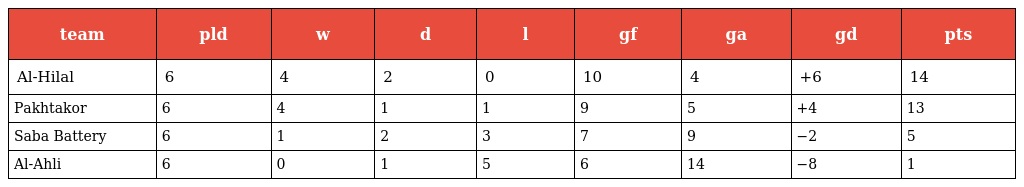
| team | pld | w | d | l | gf | ga | gd | pts |
 | --- | --- | --- | --- | --- | --- | --- | --- | --- |
 | Al-Hilal | 6 | 4 | 2 | 0 | 10 | 4 | +6 | 14 |
 | Pakhtakor | 6 | 4 | 1 | 1 | 9 | 5 | +4 | 13 |
 | Saba Battery | 6 | 1 | 2 | 3 | 7 | 9 | −2 | 5 |
 | Al-Ahli | 6 | 0 | 1 | 5 | 6 | 14 | −8 | 1 |